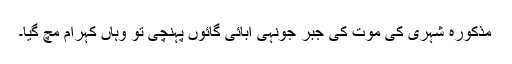
مذکورہ شہری کی موت کی جبر جونہی آبائی گائوں پہنچی تو وہاں کہرام مچ گیا۔